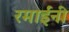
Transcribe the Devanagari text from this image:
रमाईंनी